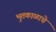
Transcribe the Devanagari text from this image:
भुतकाळाचे